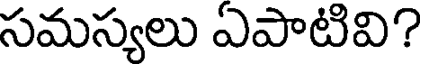
సమస్యలు ఏపాటివి?